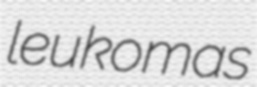
leukomas